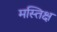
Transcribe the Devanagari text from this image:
मस्तिक्ष